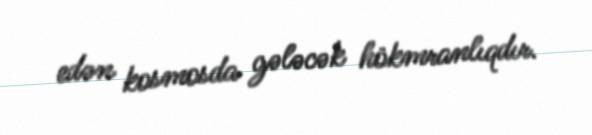
edən kosmosda gələcək hökmranlıqdır.